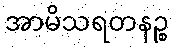
အာမိသရတနဉ္စ